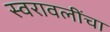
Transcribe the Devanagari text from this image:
स्वरावलींचा